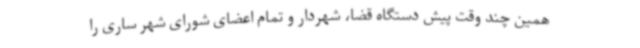
همین چند وقت پیش دستگاه قضا، شهردار و تمام اعضای شورای شهر ساری را